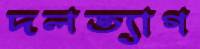
দলত্যাগ